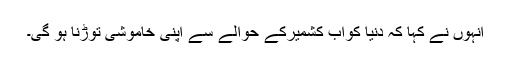
انہوں نے کہا کہ دنیا کواب کشمیرکے حوالے سے اپنی خاموشی توڑنا ہو گی۔